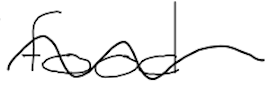
Text: food
Cross-out: wave
Writing tool: digital_black